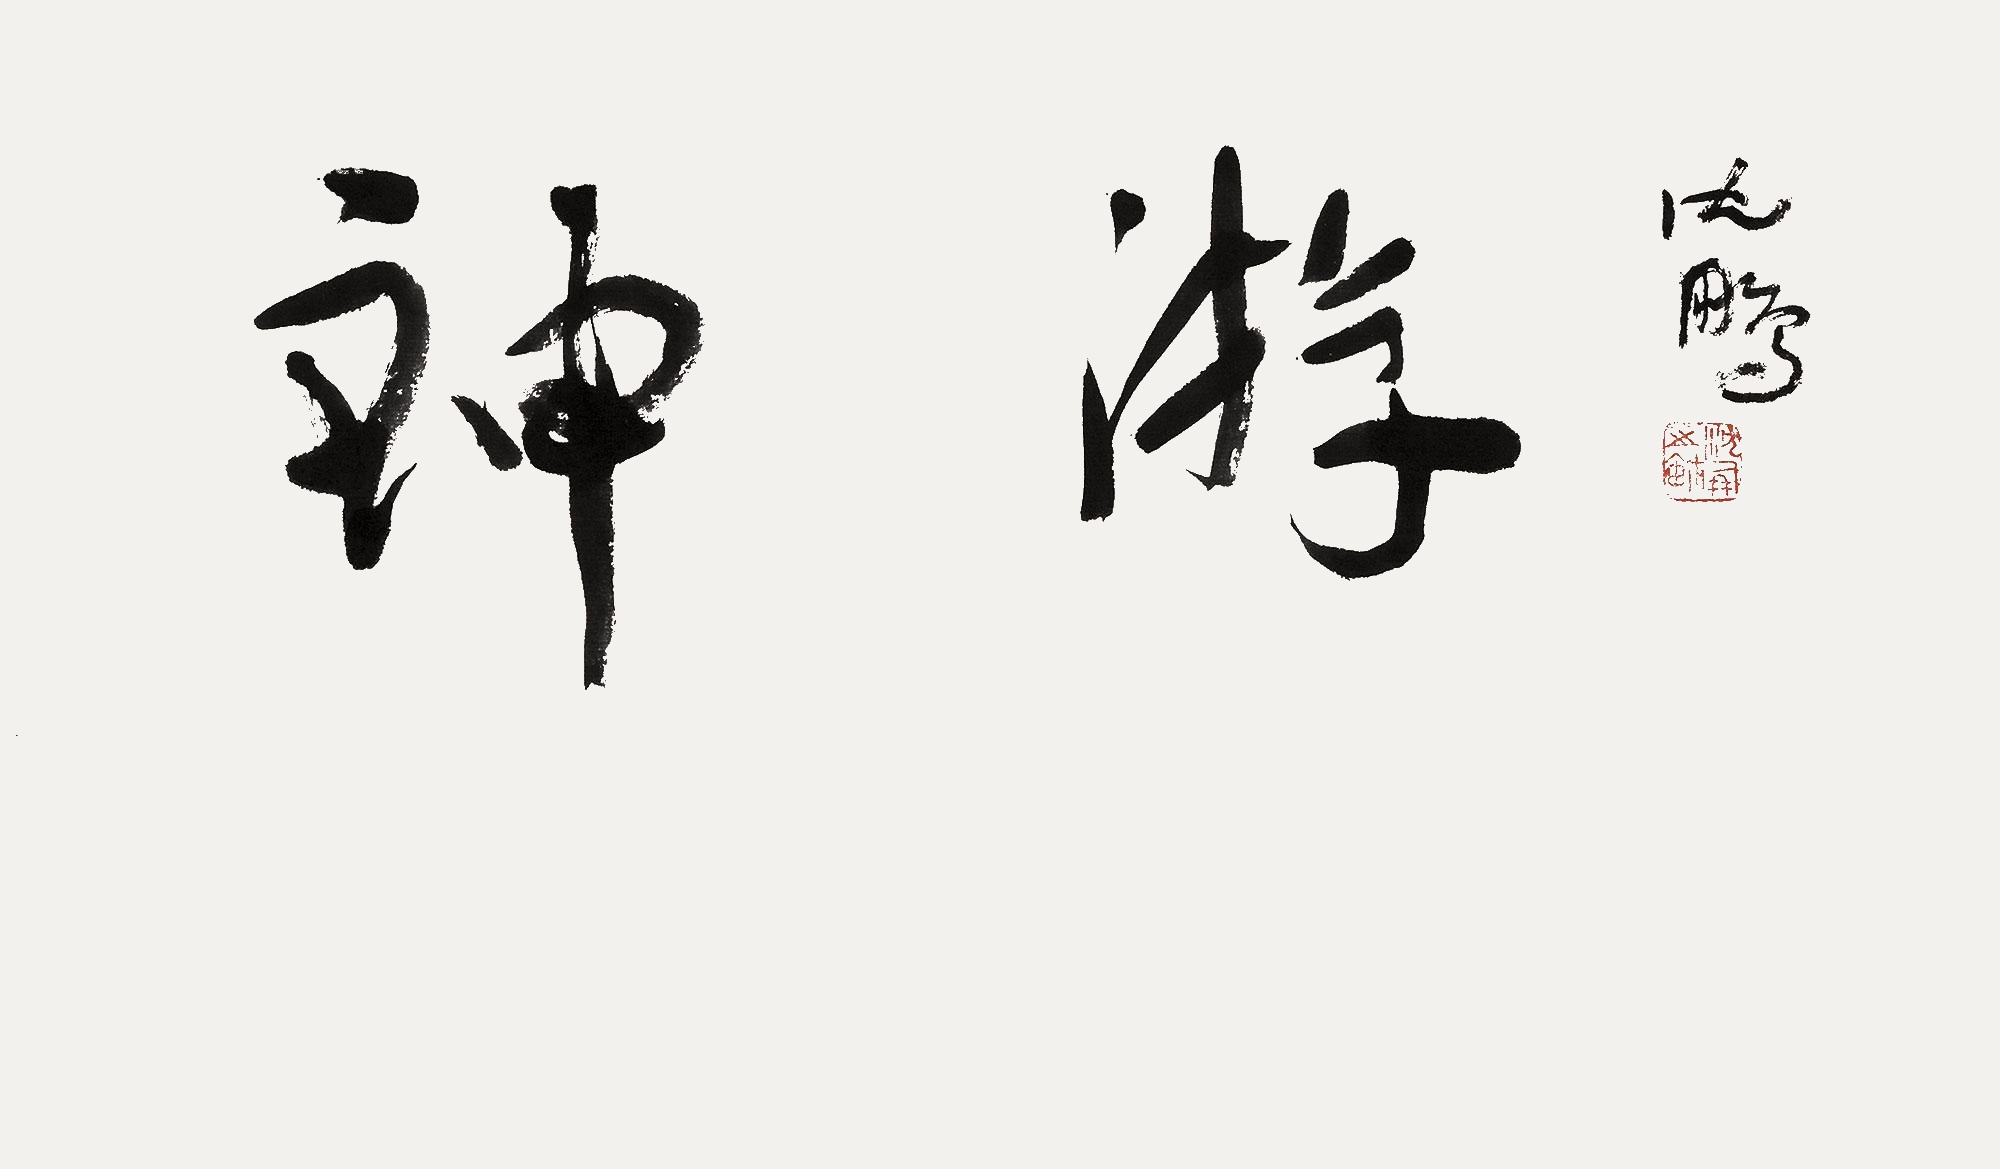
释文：神游。沈鹏。